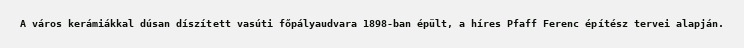
A város kerámiákkal dúsan díszített vasúti főpályaudvara 1898-ban épült, a híres Pfaff Ferenc építész tervei alapján.